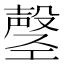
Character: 𫶲